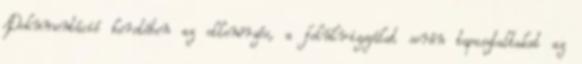
Dokumentáció keretében az ellenõrzés, a felülvizsgálat során tapasztaltakat az